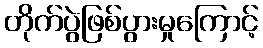
တိုက်ပွဲဖြစ်ပွားမှုကြောင့်